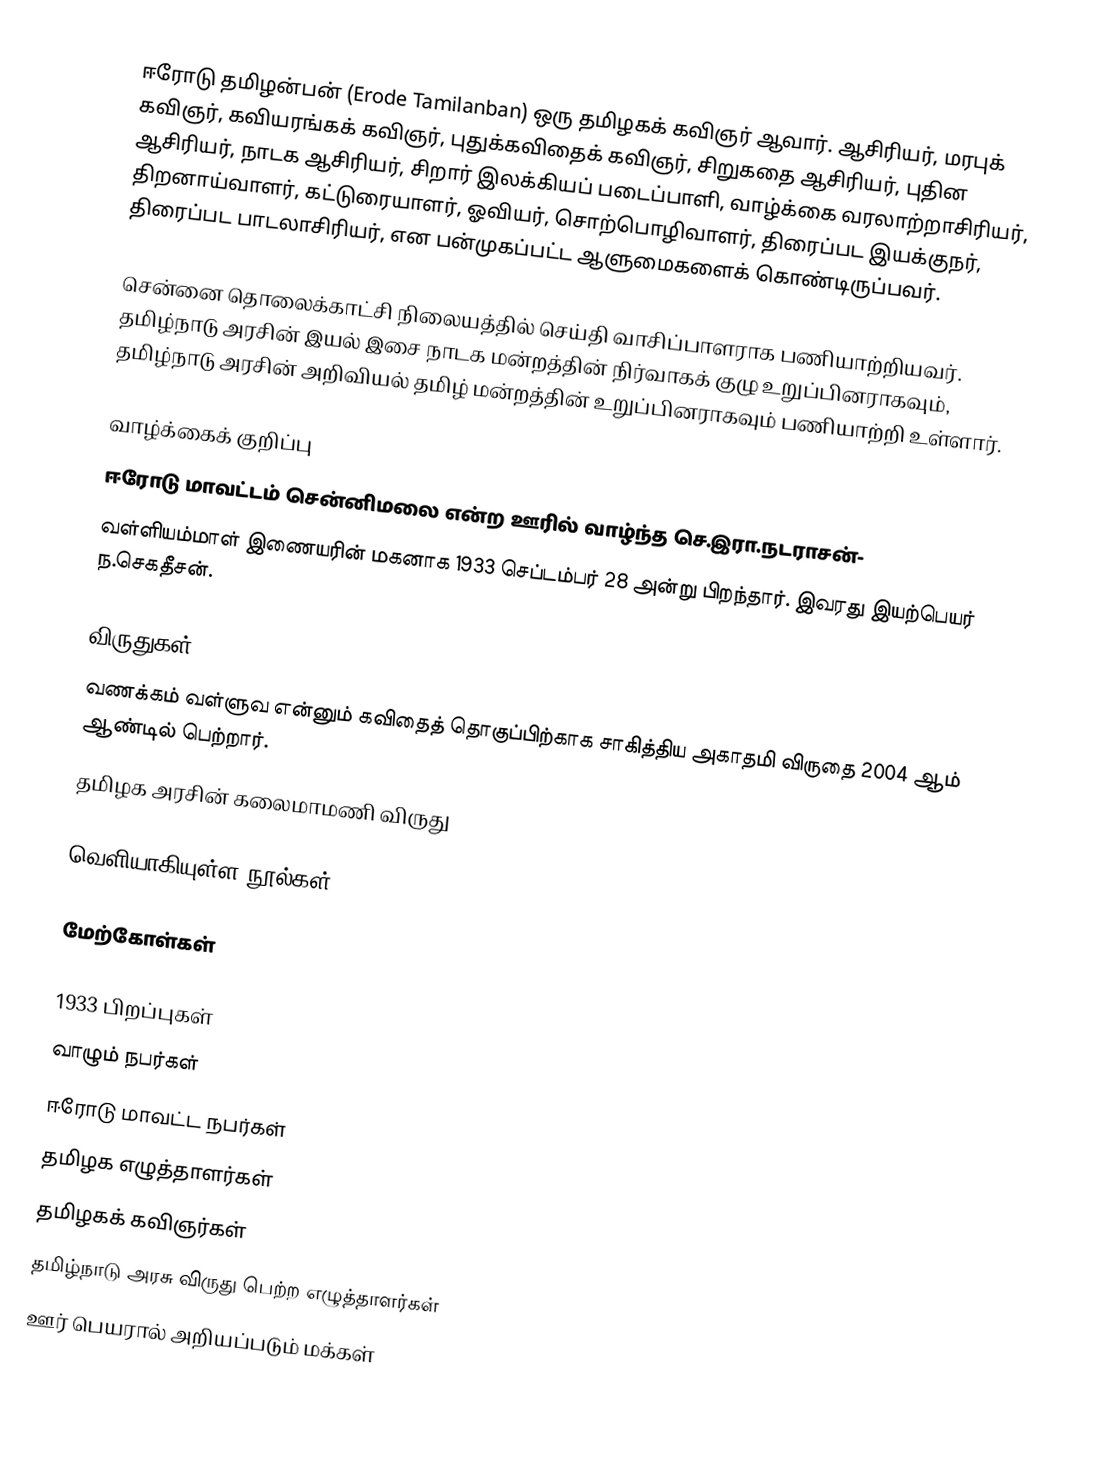
ஈரோடு தமிழன்பன் (Erode Tamilanban) ஒரு தமிழகக் கவிஞர் ஆவார். ஆசிரியர், மரபுக் கவிஞர், கவியரங்கக் கவிஞர், புதுக்கவிதைக் கவிஞர், சிறுகதை ஆசிரியர், புதின ஆசிரியர், நாடக ஆசிரியர், சிறார் இலக்கியப் படைப்பாளி, வாழ்க்கை வரலாற்றாசிரியர், திறனாய்வாளர், கட்டுரையாளர், ஓவியர், சொற்பொழிவாளர், திரைப்பட இயக்குநர், திரைப்பட பாடலாசிரியர், என பன்முகப்பட்ட ஆளுமைகளைக் கொண்டிருப்பவர்.

சென்னை தொலைக்காட்சி நிலையத்தில் செய்தி வாசிப்பாளராக பணியாற்றியவர். தமிழ்நாடு அரசின் இயல் இசை நாடக மன்றத்தின் நிர்வாகக் குழு உறுப்பினராகவும், தமிழ்நாடு அரசின் அறிவியல் தமிழ் மன்றத்தின் உறுப்பினராகவும்  பணியாற்றி உள்ளார்.

வாழ்க்கைக் குறிப்பு
ஈரோடு மாவட்டம் சென்னிமலை என்ற  ஊரில் வாழ்ந்த செ.இரா.நடராசன்-
வள்ளியம்மாள் இணையரின் மகனாக 1933 செப்டம்பர் 28 அன்று பிறந்தார். இவரது இயற்பெயர் ந.செகதீசன்.

விருதுகள்
வணக்கம் வள்ளுவ என்னும் கவிதைத் தொகுப்பிற்காக சாகித்திய அகாதமி விருதை 2004 ஆம் ஆண்டில் பெற்றார்.
 தமிழக அரசின் கலைமாமணி விருது

வெளியாகியுள்ள நூல்கள்

மேற்கோள்கள்

1933 பிறப்புகள்
வாழும் நபர்கள்
ஈரோடு மாவட்ட நபர்கள்
தமிழக எழுத்தாளர்கள்
தமிழகக் கவிஞர்கள்
தமிழ்நாடு அரசு விருது பெற்ற எழுத்தாளர்கள்
ஊர் பெயரால் அறியப்படும் மக்கள்